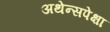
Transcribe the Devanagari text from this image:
अथेन्सपेक्षा